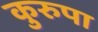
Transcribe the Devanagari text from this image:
कुरुपा